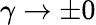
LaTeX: \gamma\rightarrow\pm 0